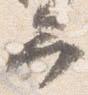
弁